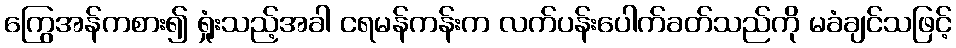
ကြွေအန်ကစား၍ ရှုံးသည့်အခါ ငရမန်ကန်းက လက်ပန်းပေါက်ခတ်သည်ကို မခံချင်သဖြင့်